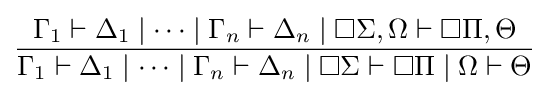
{\frac {\Gamma _{1}\vdash \Delta _{1}\mid \dots \mid \Gamma _{n}\vdash \Delta _{n}\mid \Box \Sigma ,\Omega \vdash \Box \Pi ,\Theta }{\Gamma _{1}\vdash \Delta _{1}\mid \dots \mid \Gamma _{n}\vdash \Delta _{n}\mid \Box \Sigma \vdash \Box \Pi \mid \Omega \vdash \Theta }}